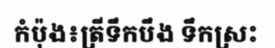
កំប៉ុង៖ត្រីទឹកបឹង ទឹកស្រះ